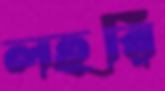
লহরি